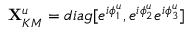
{ \bf X } _ { K M } ^ { u } = d i a g [ e ^ { i \phi _ { 1 } ^ { u } } , e ^ { i \phi _ { 2 } ^ { u } } e ^ { i \phi _ { 3 } ^ { u } } ]